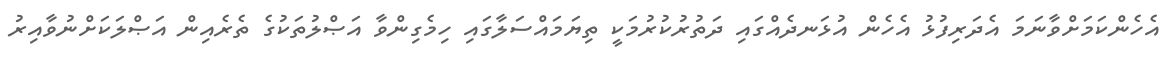
އެހެންކަމަށްވާނަމަ އެދަރިފުޅު އެހެން އުޅަނދެއްގައި ދަތުރުކުރުމަކީ ތިޔަމައްސަލާގައި ހިމެގިންވާ އަޞްލުތަކުގެ ތެރެއިން އަޞްލަކަށްނުވާއިރު